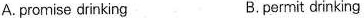
A. promise drinking B.permit drinking